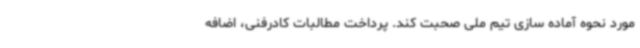
مورد نحوه آماده سازی تیم ملی صحبت کند. پرداخت مطالبات کادرفنی، اضافه